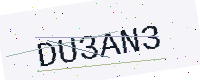
Text: DU3AN3